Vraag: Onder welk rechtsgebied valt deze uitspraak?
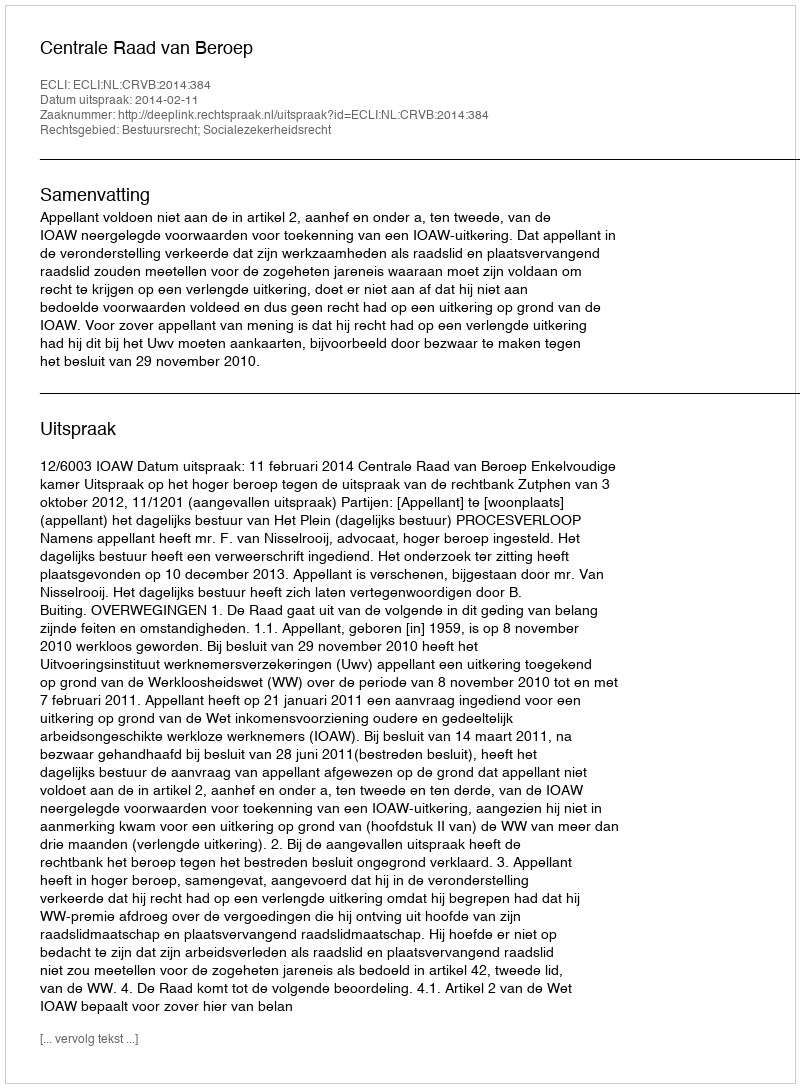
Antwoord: Bestuursrecht; Socialezekerheidsrecht